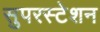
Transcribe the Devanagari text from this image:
सुपरस्टेशन